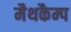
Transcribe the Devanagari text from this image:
मैथकैम्प